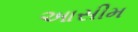
આસીમ